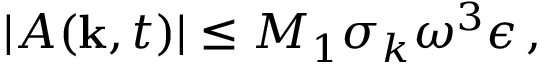
| A ( { \bf k } , t ) | \le M _ { 1 } \sigma _ { k } \omega ^ { 3 } \epsilon \, ,